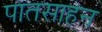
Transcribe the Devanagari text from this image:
पातसाहन